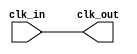
module basic_clock_buffer #(
    parameter NUM_OUTPUTS = 1  // Number of clock output signals
)(
    input wire clk_in,          // Primary clock input signal
    output wire [NUM_OUTPUTS-1:0] clk_out  // Buffered clock output signals
);

    // Generate the buffered clock outputs
    genvar i;
    generate
        for (i = 0; i < NUM_OUTPUTS; i = i + 1) begin : clk_buffer
            // Using a simple assign statement to buffer the clock signal
            assign clk_out[i] = clk_in;
        end
    endgenerate

endmodule